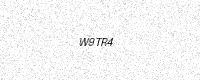
Text: W9TR4